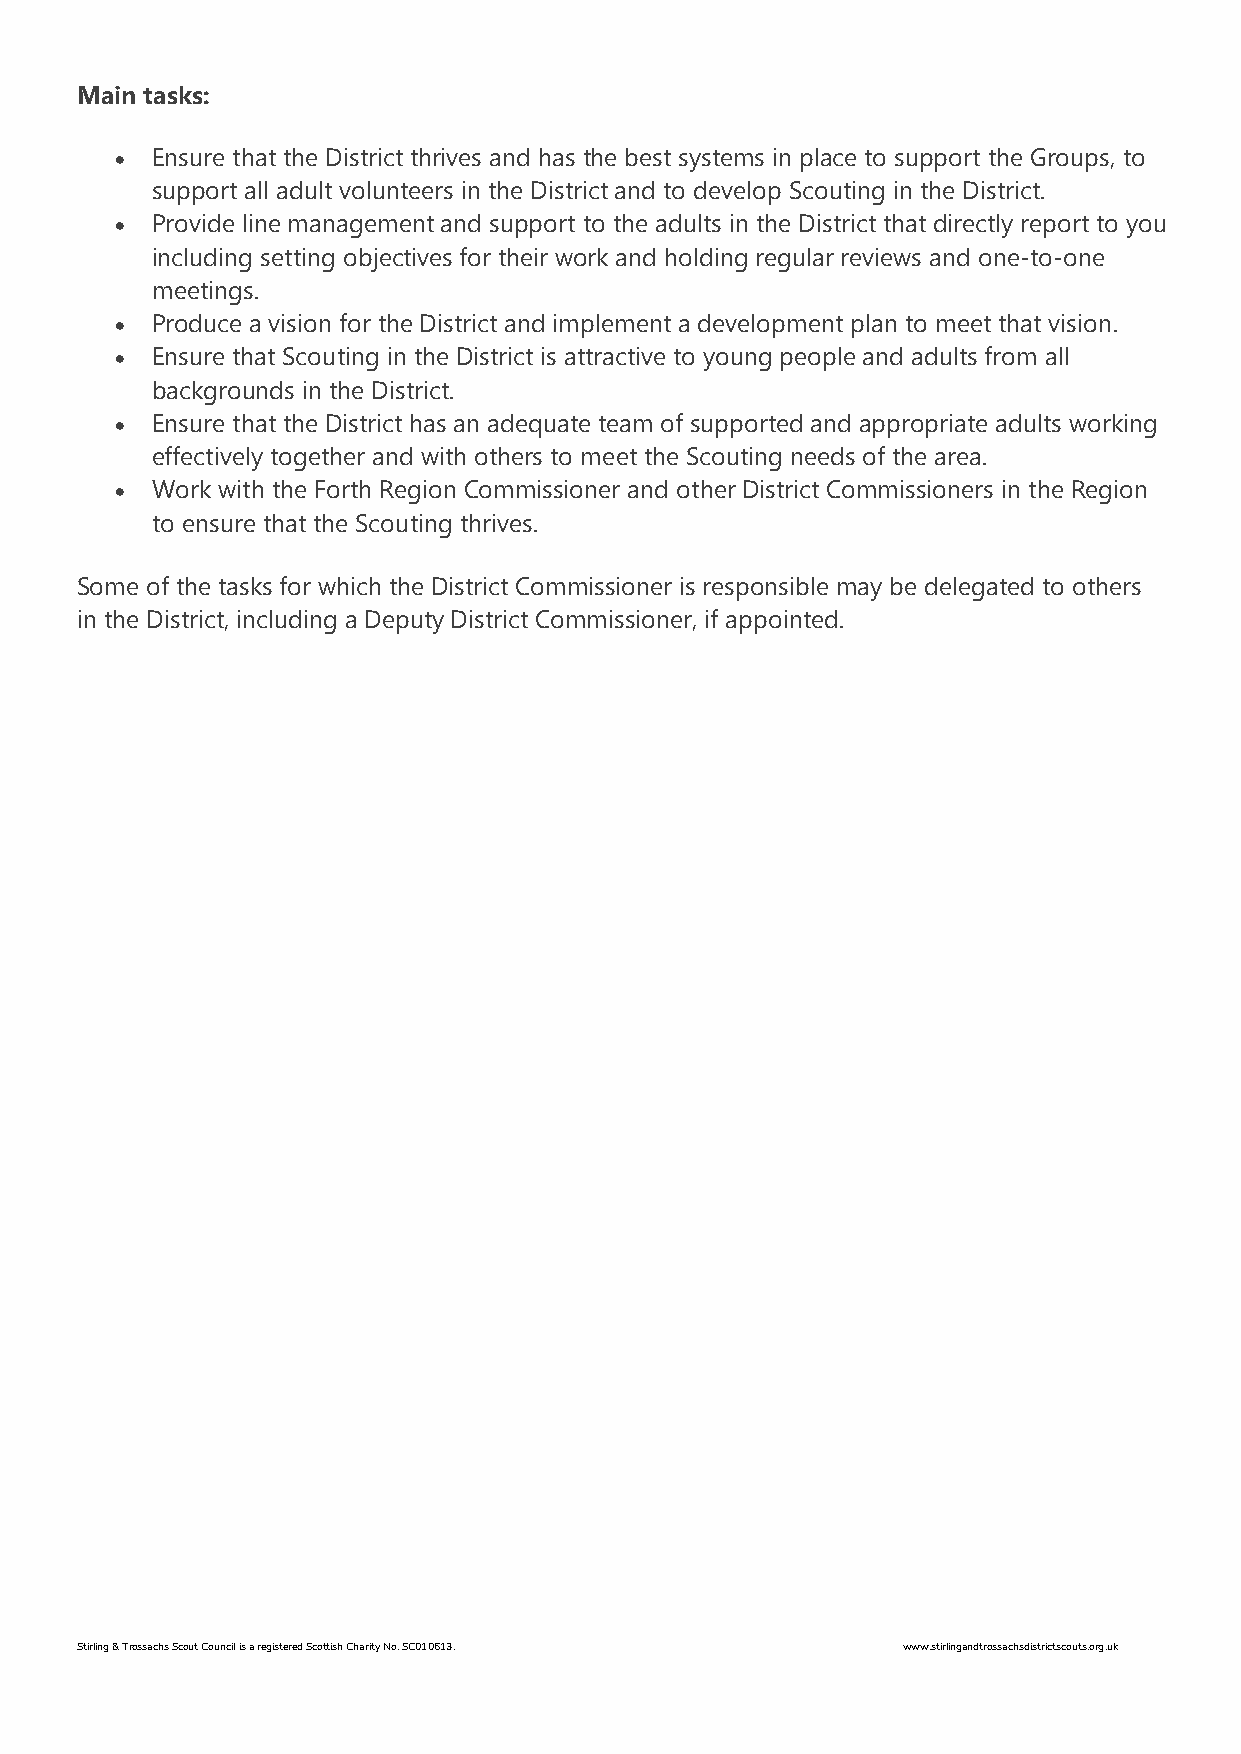
Main tasks:
 • Ensure that the District thrives and has the best systems in place to support the Groups, to
 support all adult volunteers in the District and to develop Scouting in the District.
 • Provide line management and support to the adults in the District that directly report to you
 including setting objectives for their work and holding regular reviews and one-to-one
 meetings.
 • Produce a vision for the District and implement a development plan to meet that vision.
 • Ensure that Scouting in the District is attractive to young people and adults from all
 backgrounds in the District.
 • Ensure that the District has an adequate team of supported and appropriate adults working
 effectively together and with others to meet the Scouting needs of the area.
 • Work with the Forth Region Commissioner and other District Commissioners in the Region
 to ensure that the Scouting thrives.
 Some of the tasks for which the District Commissioner is responsible may be delegated to others
 in the District, including a Deputy District Commissioner, if appointed.
 Stirling & Trossachs Scout Council is a registered Scottish Charity No. SC010613. www.stirlingandtrossachsdistrictscouts.org.uk